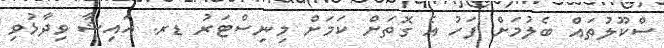
ސްކޫލުތައް ބެލުމަށް ފަހު އެ ގޮތަށް ކަމަށް މިނިސްޓަރު ޑރ. އައިޝާ ވިދާޅުވި